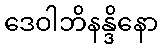
ဒေဝါဘိနန္ဒိနော